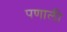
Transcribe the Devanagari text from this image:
पणाली